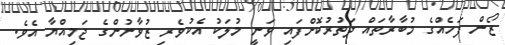
ޒޯން ފަހެއްގެ މުބާރާތައް ދަތުރުކޮށްފައި ވަނީ މުލަކު އެކުވެރި ޒުވާނުންގެ ޖަމިއްޔާ އެވެ.